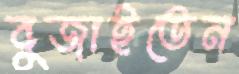
বুজাইতেন